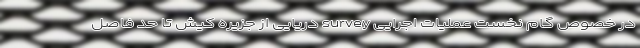
در خصوص گام نخست عملیات اجرایی survey دریایی از جزیره کیش تا حد فاصل